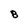
Character: B